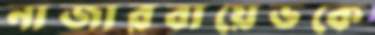
নাজারবায়েভকে